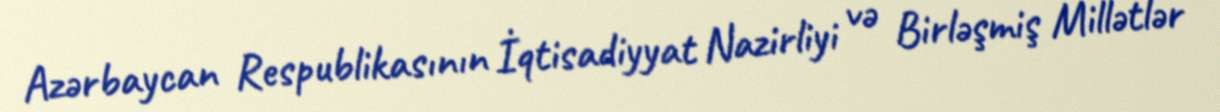
Azərbaycan Respublikasının İqtisadiyyat Nazirliyi və Birləşmiş Millətlər